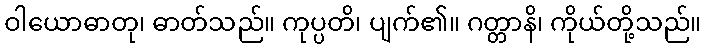
ဝါယောဓာတု၊ ဓာတ်သည်။ ကုပ္ပတိ၊ ပျက်၏။ ဂတ္တာနိ၊ ကိုယ်တို့သည်။